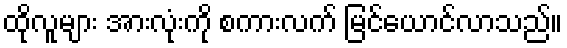
ထိုလူများ အားလုံးကို စကားလက် မြင်ယောင်လာသည်။